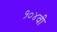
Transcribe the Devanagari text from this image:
१०४वी